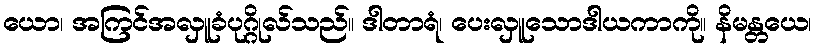
ယော၊ အကြင်အလှူခံပုဂ္ဂိုလ်သည်။ ဒါတာရံ၊ ပေးလှူသောဒါယကာကို။ နိမန္တယေ၊